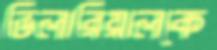
ভিলারিয়ালকে